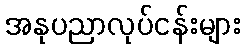
အနုပညာလုပ်ငန်းများ